Indian journal of veterinary science and animal husbandry - Volume 3,
Year: 1933
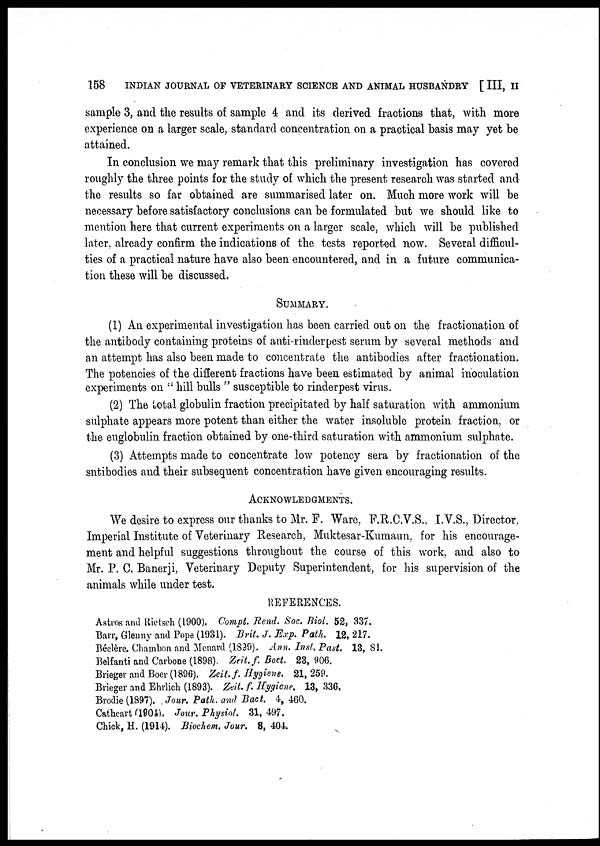
158
INDIAN JOURNAL OF VETERINARY SCIENCE AND ANIMAL HUSBANDRY [III, II
sample 3, and the results of sample 4 and its derived fractions that, with more
experience on a larger scale, standard concentration on a practical basis may yet be
attained.
In conclusion we may remark that this preliminary investigation has covered
roughly the three points for the study of which the present research was started and
the results so far obtained are summarised later on. Much more work will be
necessary before satisfactory conclusions can be formulated but we should like to
mention here that current experiments on a larger scale, which will be published
later, already confirm the indications of the tests reported now. Several difficul-
ties of a practical nature have also been encountered, and in a future communica-
tion these will be discussed.
SUMMARY.
(1) An experimental investigation has been carried out on the fractionation of
the antibody containing proteins of anti-rinderpest serum by several methods and
an attempt has also been made to concentrate the antibodies after fractionation.
The potencies of the different fractions have been estimated by animal inoculation
experiments on " hill bulls " susceptible to rinderpest virus.
(2) The total globulin fraction precipitated by half saturation with ammonium
sulphate appears more potent than either the water insoluble protein fraction, or
the euglobulin fraction obtained by one-third saturation with ammonium sulphate.
(3) Attempts made to concentrate low potency sera by fractionation of the
sntibodies and their subsequent concentration have given encouraging results.
ACKNOWLEDGMENTS.
We desire to express our thanks to Mr. F. Ware. F.R.C.V.S., I.V.S., Director,
Imperial Institute of Veterinary Research, Muktesar-Kumaun, for his encourage-
ment and helpful suggestions throughout the course of this work, and also to
Mr. P. C. Banerji, Veterinary Deputy Superintendent, for his supervision of the
animals while under test.
REFERENCES.
Astros and Rietsch (1900). Compt. Rend. Soc. Biol. 52, 337.
Barr, Glenny and Pope (1931). Brit. J. Exp. Path. 12, 217.
Béclère. Chambon and Menard (1899). Ann. Inst. Past. 13, 81.
Belfanti and Carbone (1898). Zeit. f. Bact. 23, 906.
Brieger and Boer (1896). Zeit. f. Hygiene. 21, 259.
Brieger and Ehrlich (1893). Zeit. f. Hygiene. 13, 336.
Brodie (1897). Jour. Path. and Bact. 4, 460.
Cathcart (1904). Jour. Physiol. 31, 497.
Chick, H. (1914). Biochem. Jour. 8, 404.